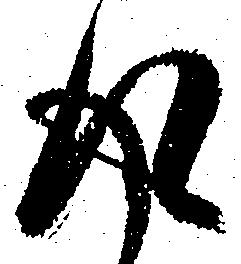
得